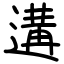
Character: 遘